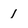
Character: l